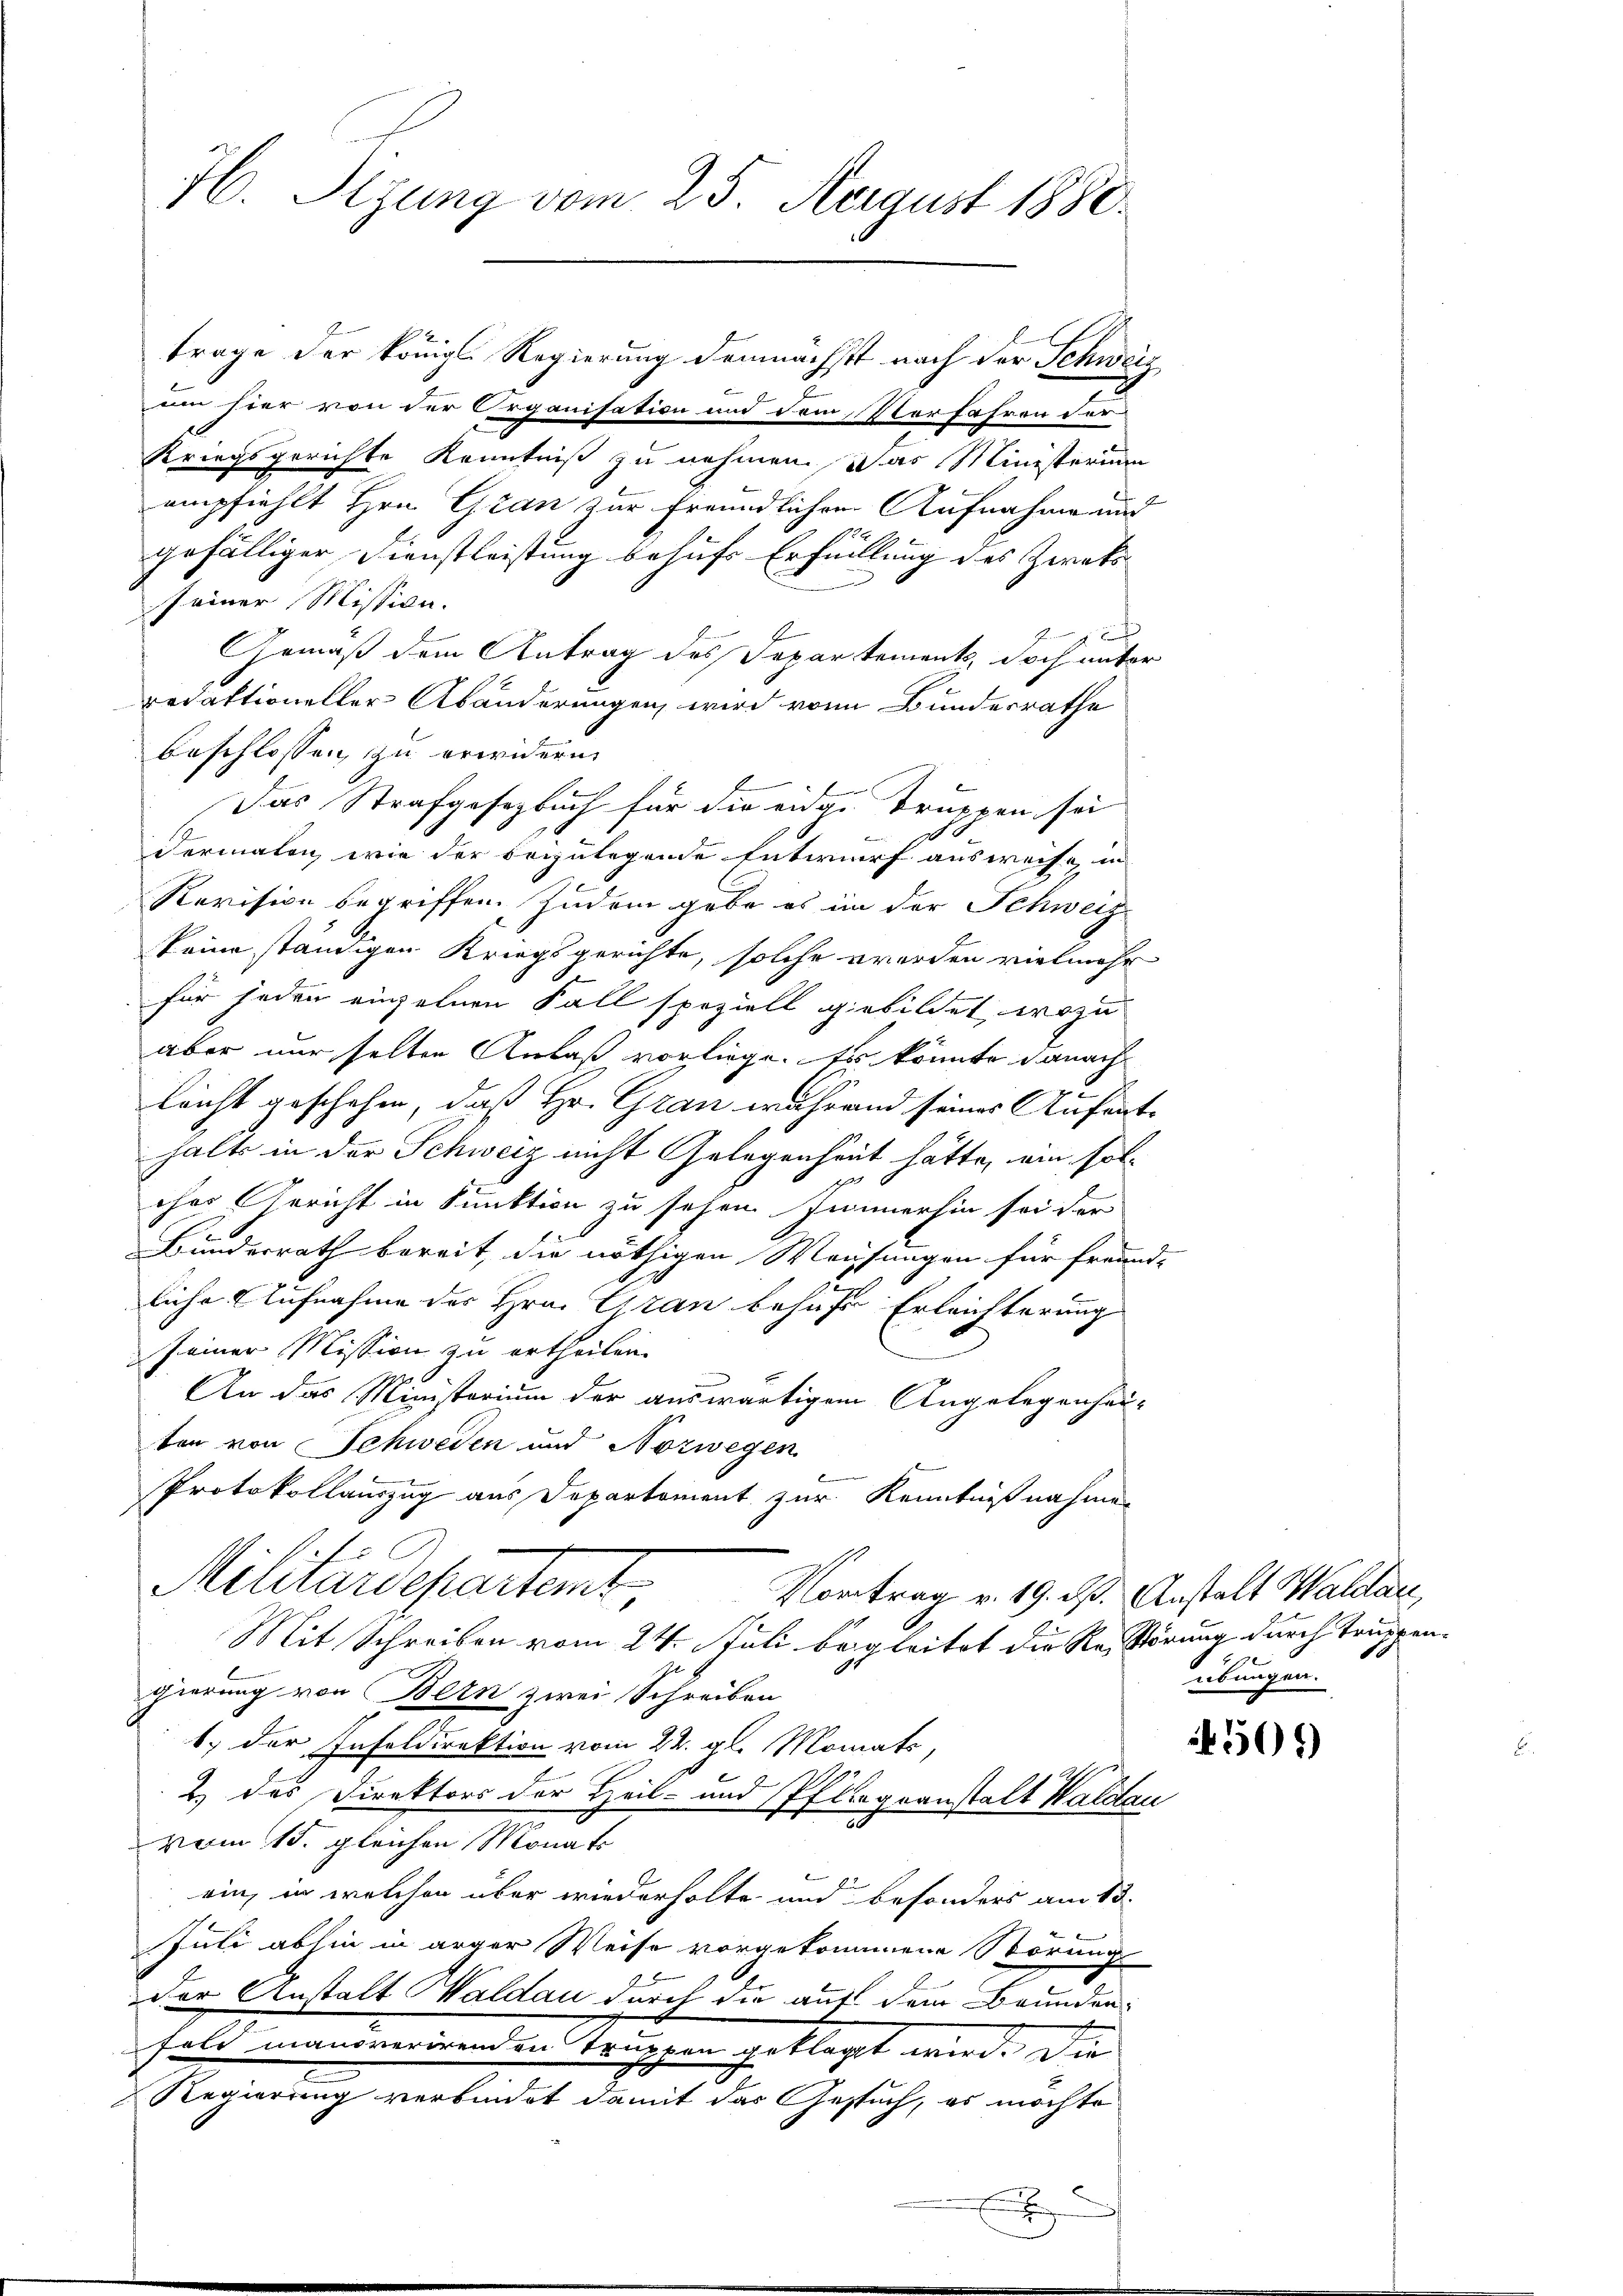
H. Sizung vom 25. August 1880.

trage der königl. Regierung demnächst nach der Schweiz
 hier von der Organisation und dem Vorfahren für
Kriegsgerichte Kenntniß zu nehmen. Das Ministerium
empfiehlt Hrn. Gran zur freundlichen Aufnahme und
gefälliger Dienstleistung behufs Erfüllung des Zwek
seiner Mission.

Gemäß dem Antrag des Departement, doch unter
redaktioneller Abänderungen wird von Bunderrathe
beschlossen zu erwidern
Das Strafgesetzbuch für die eidg. Truppen sei
dermalen, wie der beizulegende Entwurf ausweise, in
Revision begriffen. Zudem gebe es in der Schweiz
keine ständigen Kriegsgerichte, solche werden vielmehr
für jeden einzelnen Fall speziell gebildet, wozu
aber nur selten Anlaß vorliege. Es könnte danach
leicht geschehen, daß Hr. Grau während seines Aufenthalte in der Schweiz nicht Gelegenheit hätte, ein soloher Gericht in Funktion zu sehen. Immerhin sei der
Bunderrath bereit, die nöthigen Mausungen für freund-
liche Aufnahme der Hrn. Gran behufs Erleichterung
seiner Mission zu ertheilen.
An das Ministerium der auswärtigem Angelegenhei-
ten von Schweden und Norwegen
Protokollauszug aus Departement zur Kenntnißnahmen
f
Miliardepartent
Kontrag v. 19. d. Anstalt Waldau,
Mit Schreiben vom 24. Juli begleitet die Restörung durch Truppengierung von Bern zwei Schreiben
1.) der Infeldirektion vom 22. gl. Monats,
2.) Das Direktors der Heil- und Pflegeanstalt Waldau
vom 15. gleichen Monat
ein, in welchen über wiederholte und besonders am 13.
Juli abhin in arger Weise vorgekommene Störung
der Anstalt Waldau durch die auf dem Brunden-
Fold manoverirenden Truppen geklagt wird. Die
Regierung verbindet damit das Gesuch, es möchte

x

übungen.

507)